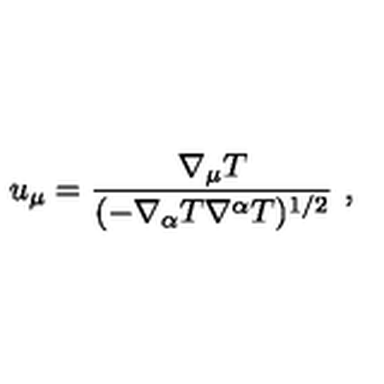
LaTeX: u _ { \mu } = \frac { \nabla _ { \mu } T } { ( - \nabla _ { \alpha } T \nabla ^ { \alpha } T ) ^ { 1 / 2 } } \ ,